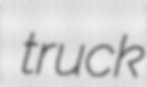
truck